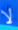
لا